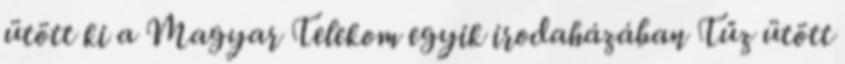
ütött ki a Magyar Telekom egyik irodaházában Tűz ütött